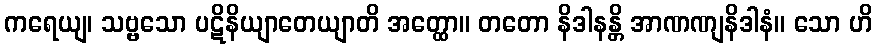
ကရေယျ၊ သဗ္ဗသော ပဋိနိယျာတေယျာတိ အတ္ထော။ တတော နိဒါနန္တိ အာဏဏျနိဒါနံ။ သော ဟိ